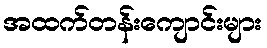
အထက်တန်းကျောင်းများ